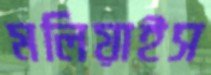
মলিয়াইস